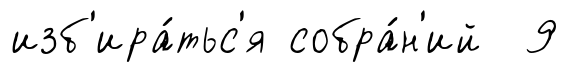
изб'ира́тьс'я собра́н'ий 9